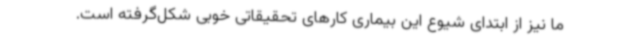
ما نیز از ابتدای شیوع این بیماری کارهای تحقیقاتی خوبی شکل‌گرفته است.